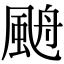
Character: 𩗋